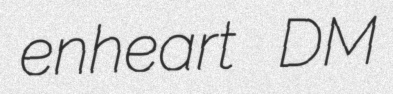
enheart DM